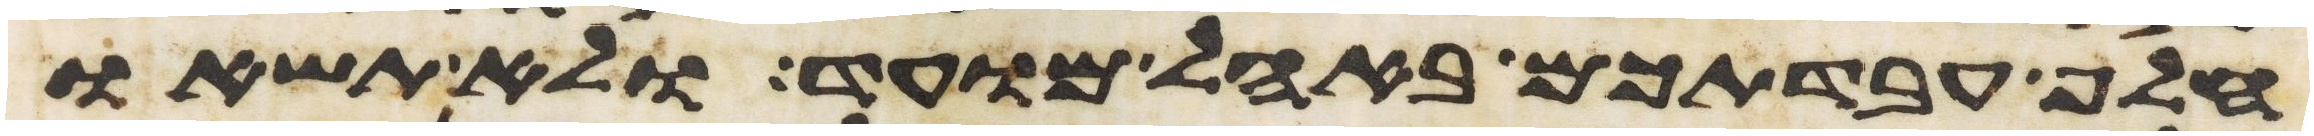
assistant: חלף עבדתכם באהל מועד ולא תשאו